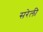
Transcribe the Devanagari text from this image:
सरेली